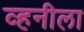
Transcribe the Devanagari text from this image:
व्हनीला